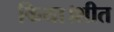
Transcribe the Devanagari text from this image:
किया।शीत